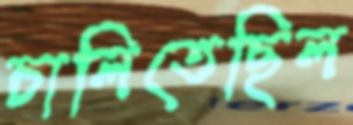
চালিতেছিল